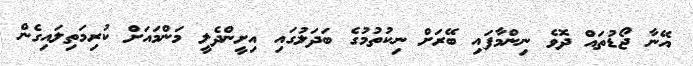
އޭނާ ޖޯޑުތައް ދޮވެ ނިންމާފައި ބޭރަށް ނިކުތުމުގެ ބަދަލުގައި އިށީންދެލީ މަންމައަށް ކުރިމަތިލައިގެން